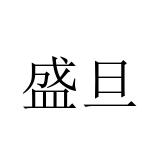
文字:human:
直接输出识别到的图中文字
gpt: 盛旦